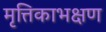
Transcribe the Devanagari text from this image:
मृत्तिकाभक्षण